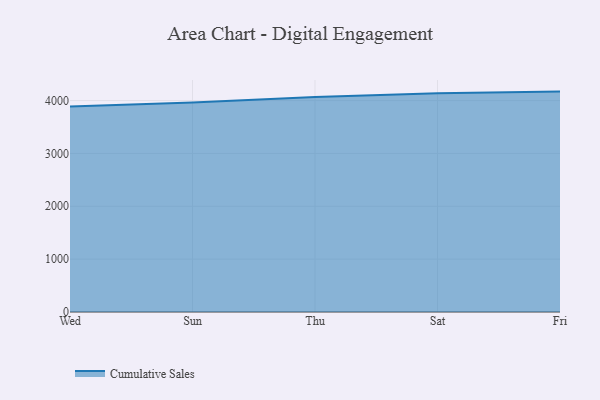
{"axis": {"x": "Day", "y": "Tickets Resolved"}, "legend": ["Cumulative Sales"], "data": [{"x": "Wed", "y": 3888.6, "type": "Cumulative Sales"}, {"x": "Sun", "y": 3963.6, "type": "Cumulative Sales"}, {"x": "Thu", "y": 4068.2, "type": "Cumulative Sales"}, {"x": "Sat", "y": 4139.1, "type": "Cumulative Sales"}, {"x": "Fri", "y": 4169.8, "type": "Cumulative Sales"}]}